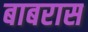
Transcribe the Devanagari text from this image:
बाबरास